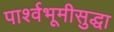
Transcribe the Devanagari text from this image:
पार्श्वभूमीसुद्धा